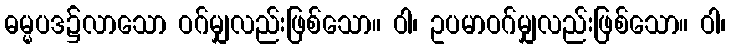
ဓမ္မပဒ၌လာသော ဝဂ်မျှလည်းဖြစ်သော။ ဝါ၊ ဥပမာဝဂ်မျှလည်းဖြစ်သော။ ဝါ၊